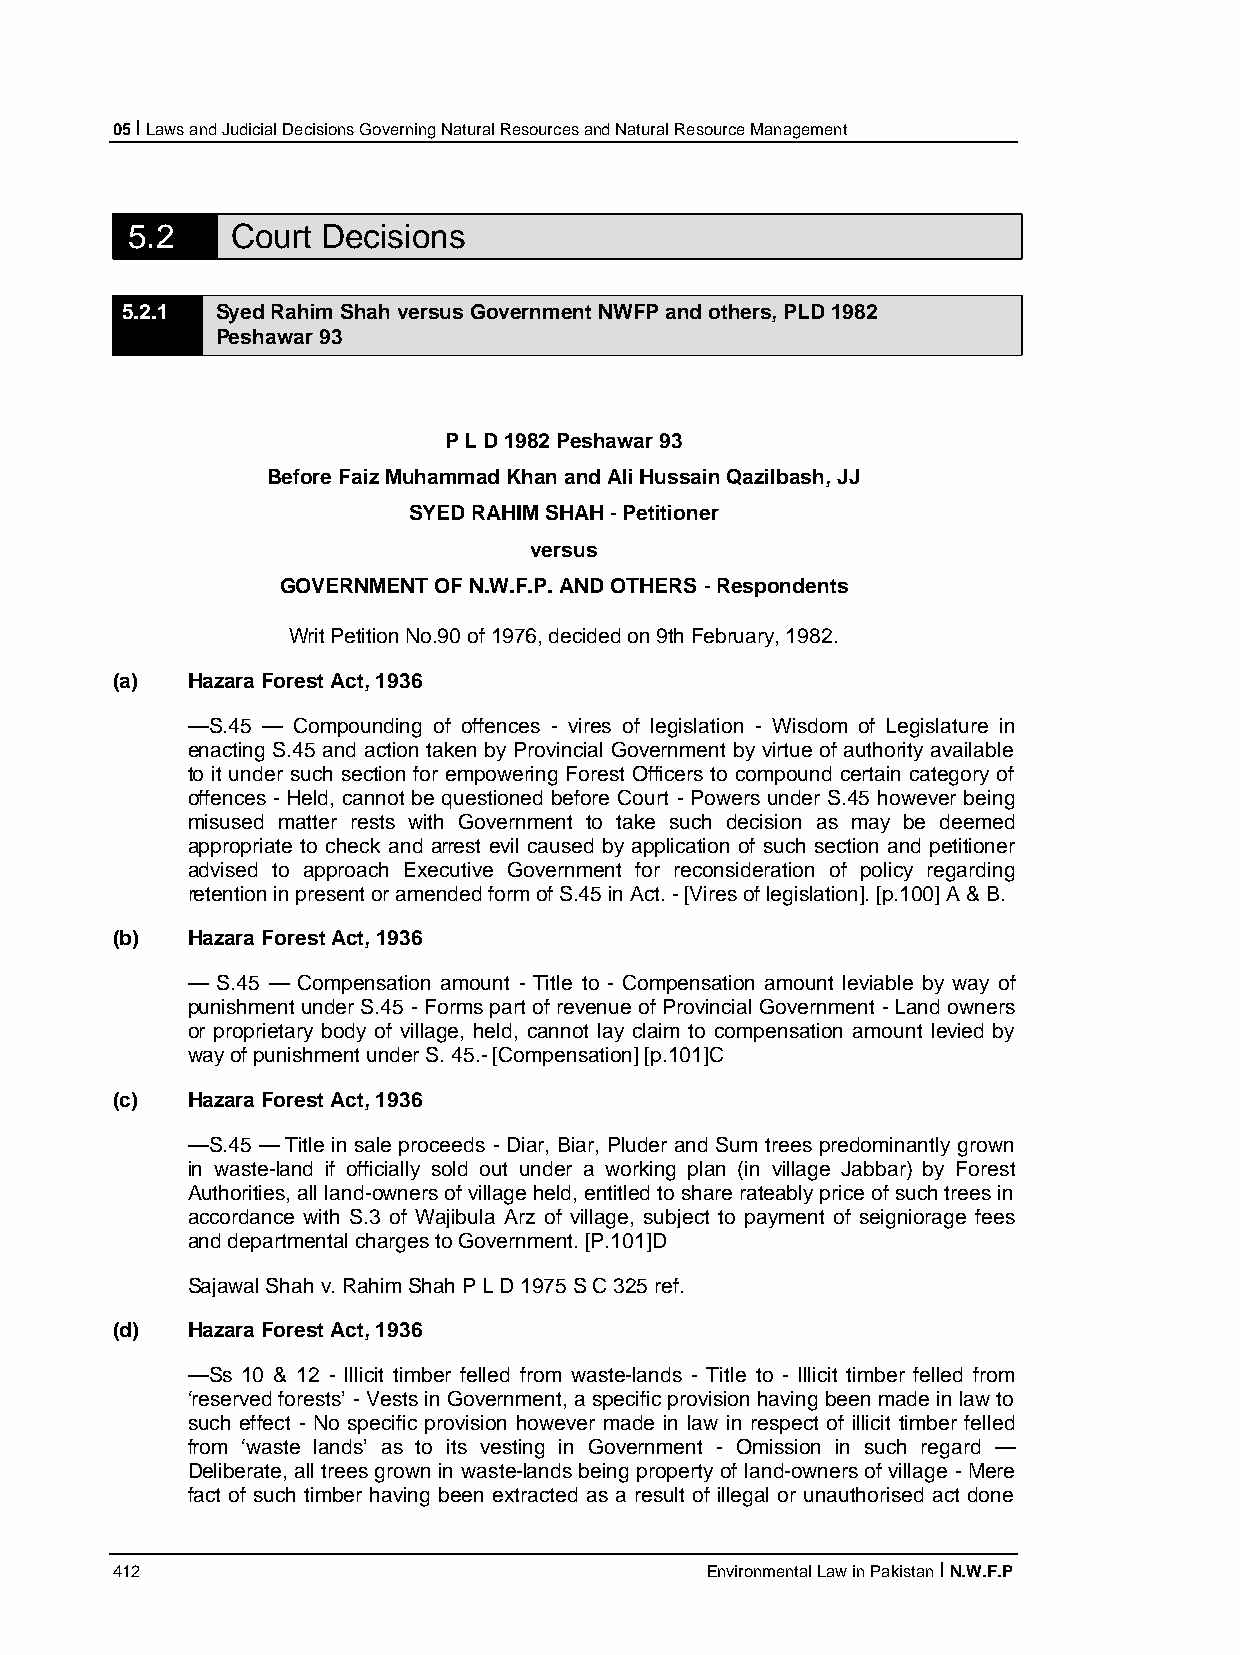
05 I Laws and Judicial Decisions Governing Natural Resources and Natural Resource Management
 5.2    Court Decisions
 5.2.1 Syed Rahim Shah versus Government NWFP and others, PLD 1982
 Peshawar 93
 P L D 1982 Peshawar 93
 Before Faiz Muhammad Khan and Ali Hussain Qazilbash, JJ
 SYED RAHIM SHAH - Petitioner
 versus
 GOVERNMENT OF N.W.F.P. AND OTHERS - Respondents
 Writ Petition No.90 of 1976, decided on 9th February, 1982.
 (a)  Hazara Forest Act, 1936
 —S.45 — Compounding of offences - vires of legislation - Wisdom of Legislature in
 enacting S.45 and action taken by Provincial Government by virtue of authority available
 to it under such section for empowering Forest Officers to compound certain category of
 offences - Held, cannot be questioned before Court - Powers under S.45 however being
 misused matter rests with Government to take such decision as may be deemed
 appropriate to check and arrest evil caused by application of such section and petitioner
 advised to approach Executive Government for reconsideration of policy regarding
 retention in present or amended form of S.45 in Act. - [Vires of legislation]. [p.100] A & B.
 (b)  Hazara Forest Act, 1936
 — S.45 — Compensation amount - Title to - Compensation amount leviable by way of
 punishment under S.45 - Forms part of revenue of Provincial Government - Land owners
 or proprietary body of village, held, cannot lay claim to compensation amount levied by
 way of punishment under S. 45.- [Compensation] [p.101]C
 (c)  Hazara Forest Act, 1936
 —S.45 — Title in sale proceeds - Diar, Biar, Pluder and Sum trees predominantly grown
 in waste-land if officially sold out under a working plan (in village Jabbar) by Forest
 Authorities, all land-owners of village held, entitled to share rateably price of such trees in
 accordance with S.3 of Wajibula Arz of village, subject to payment of seigniorage fees
 and departmental charges to Government. [P.101]D
 Sajawal Shah v. Rahim Shah P L D 1975 S C 325 ref.
 (d)  Hazara Forest Act, 1936
 —Ss 10 & 12 - Illicit timber felled from waste-lands - Title to - Illicit timber felled from
 ‘reserved forests’ - Vests in Government, a specific provision having been made in law to
 such effect - No specific provision however made in law in respect of illicit timber felled
 from ‘waste lands’ as to its vesting in Government - Omission in such regard —
 Deliberate, all trees grown in waste-lands being property of land-owners of village - Mere
 fact of such timber having been extracted as a result of illegal or unauthorised act done
 412                                     Environmental Law in Pakistan I N.W.F.P